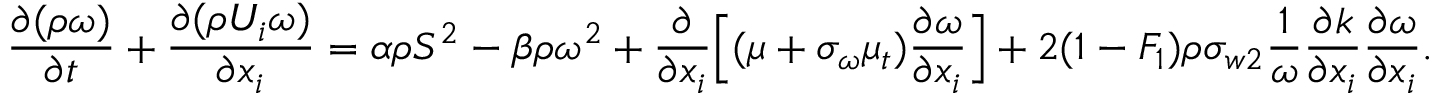
\frac { \partial ( \rho { \omega } ) } { \partial t } + \frac { \partial ( \rho { U _ { i } } \omega ) } { \partial x _ { i } } = \alpha \rho S ^ { 2 } - \beta \rho \omega ^ { 2 } + \frac { \partial } { \partial x _ { i } } \Big [ ( \mu + \sigma _ { \omega } \mu _ { t } ) \frac { \partial \omega } { \partial x _ { i } } \Big ] + 2 ( 1 - F _ { 1 } ) \rho \sigma _ { w 2 } \frac { 1 } { \omega } \frac { \partial k } { \partial x _ { i } } \frac { \partial \omega } { \partial x _ { i } } .